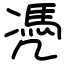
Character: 凴